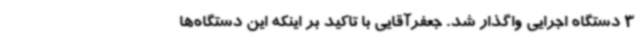
3 دستگاه اجرایی واگذار شد. جعفرآقایی با تاکید بر اینکه این دستگاه‌ها